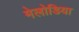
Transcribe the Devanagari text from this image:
मेलोडिया